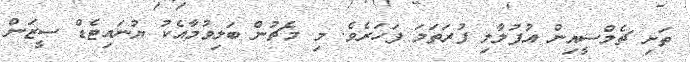
ތަށި ޗެލްސީއިން އުފުލާލި ފުރަތަމަ ފަހަރެވެ. މި މެޗުން ބަލިވުމާއެކު ޔުނައިޓެޑް ސީޒަން